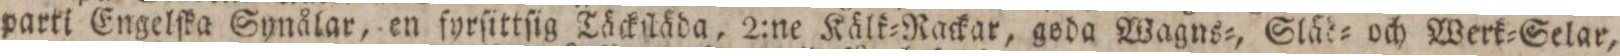
parti Engelſka Synålar, en fyrſittſig Täckſläda, 2:ne Kälk=Rackar, goda Wagns=, Släd= och Werk=Selar,